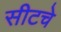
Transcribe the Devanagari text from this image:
सीटचे